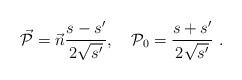
LaTeX: \begin{align*}\vec{\cal P}=\vec{n}\frac{s-s'}{2\sqrt{s'}},\quad {\cal P}_{0}=\frac{s+s'}{2\sqrt{s'}}\ .\end{align*}